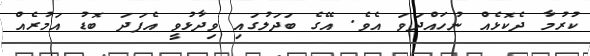
ކުރުމާ ދެކޮޅެއް ނުހައްދަވަ އެވެ. އޭގެ ބަދަލުގައި ވިދާޅުވީ އެފަދަ ބޮޑު އަމުރެއް